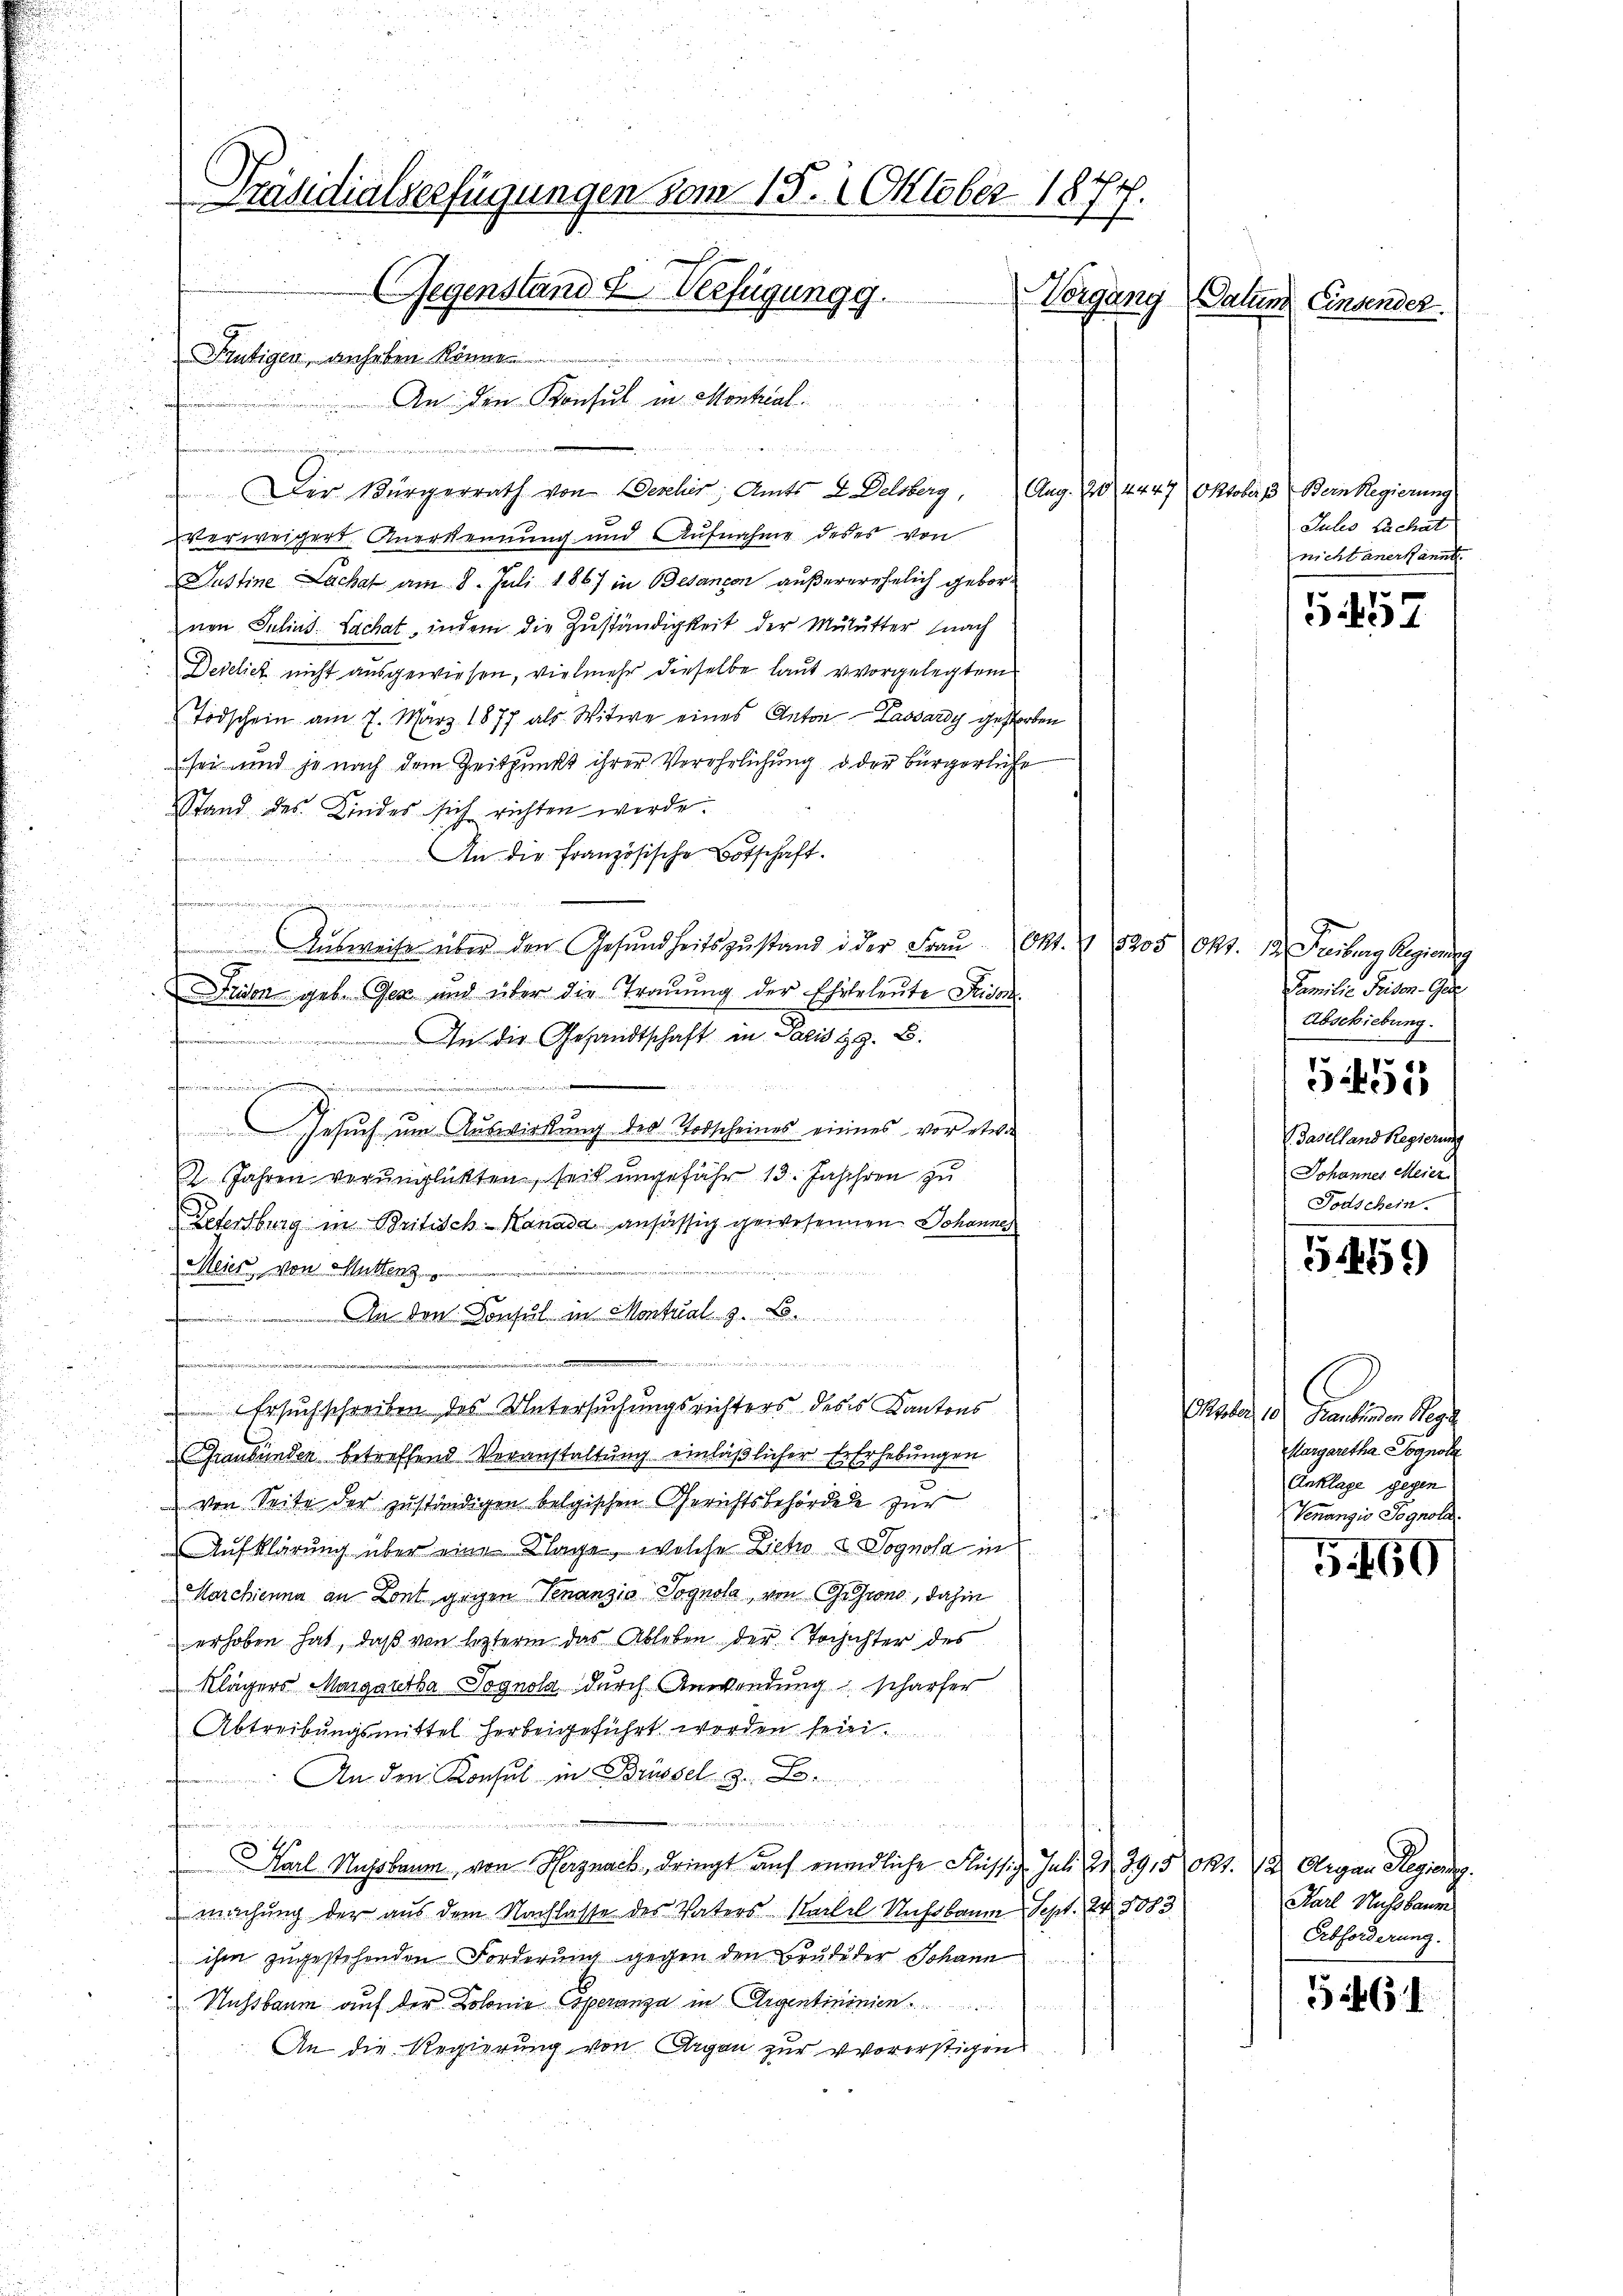
u
verweigers Anerkennung und Aufnahme des es von
Justine Lachat am 8. Juli 1867 in Besancon außererehelich gebornen Julius Lachat, indem die Zuständigkeit der Mülutter (nach
Derelich nicht ausgewiesen, vielmehr dieselbe laut vorgelegtem
Todschein am 7. März 1877 als Witwe eines Anton Lassardy gestorben
sei und je nach dem Zeitpunkt ihrer Verehrlichung oder Bürgerliche
Stand des Kindes sich richten werde.
An die Französische Botschaft.

Aŭsweise über den Gesundheitszŭstand in der Fraŭ Okt. V 1205 Okt. 12. Freiburg Regieng
Fidon geb. Gez und über die Trauung der Ehelerleute Fridor
An die Gesandtschaft in Paris z. B.
.
esen werden................ Mili
Gesuch um Auswirkung des Todscheines eines vor etwas
2. Jahren verunglückten, seit ungefähr 13. Jahren zu
Letersburg in Britisch-Kanada ansässig gewesenen Johannes
Meier von Muttenz

I Den Consul im Montal g
 .
t
Ersuchschreiben des Untersuchungsrichters deses Kantons
Graubünden betreffend Veranstaltung einläßlicher Ererhebungen
 von Seite der zuständigen belgischen Gerichtsbehörde zur
Aufklärung über eine Klage, welche Lehro a. Sognola in
Marchenna an Lont geigen Finanzis Vognola, von Gesind, dahin
erhoben hat, daß von lezterm das Ableben der Tochichter des
Klägers Margautha Sognola durch Anwendung schärfer
Abtreibungsmittel herbeigeführt worden sein.
An den Konsul in Brüssel g
aabe der a
 wenn in der
Hs.
Karl Nussbaum, von Herznach dringt auf mündliche Flüssig. Juli 2 3915 Okt. 12. Argau Regieng.
machung der aus dem Nachlasse des Vaters Kartel Nußbaum Sept. 24. 8083
ihm zugestehenden Forderŭng gegen den Brŭdeder Johann
Nussbaum auf der Dolonie Operanza in Argentininien
An die Regierung von Argen zur vorerstigen

rastitialverfügungen vom 15. Oktober 1874
Gegenstand & Verfügung g
Vorgang Datum Einsendet.
nheren Berichtung der
Frutigen, anheben könne.
An den Konsul in Montrial
 50 xx
r

Der Bürgerrath von Deschier, Amts D Delsberg,

n

Aug. 10, 4447 Oktober 13 Bern Regierung
Jules Zachat
nicht anerkannt

5457

Familie Friden. Ges
Abschiebung.
daselland Regierung
Johanner Meier
Todschein.

.
523 18

549)

Paten, d. Grentenden Rege
Margaretha Sognol
Anklage gegen
Venanzio Pognola
G. 169

Karl Nußbaum
Erbforderung.

5461